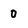
Character: 0